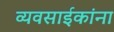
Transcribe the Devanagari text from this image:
व्यवसाईकांना